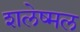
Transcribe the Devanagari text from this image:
शलेष्मल